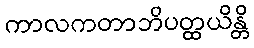
ကာလကတာဘိပတ္ထယိန္တိ